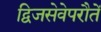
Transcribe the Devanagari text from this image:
द्विजसेवेपरौतें